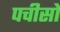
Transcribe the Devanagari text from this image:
पचीसों